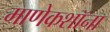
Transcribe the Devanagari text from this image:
माणेकशॉना